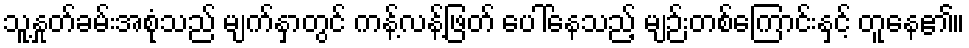
သူ့နှုတ်ခမ်းအစုံသည် မျက်နှာတွင် ကန့်လန့်ဖြတ် ပေါ်နေသည့် မျဉ်းတစ်ကြောင်းနှင့် တူနေ၏။